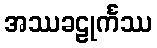
အဿခဠုင်္ကဿ